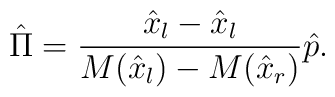
\hat \Pi = { \hat x_l-\hat x_l  \over M( \hat x_l)-M( \hat x_r) }\hat p.